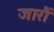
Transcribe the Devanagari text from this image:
जारौं